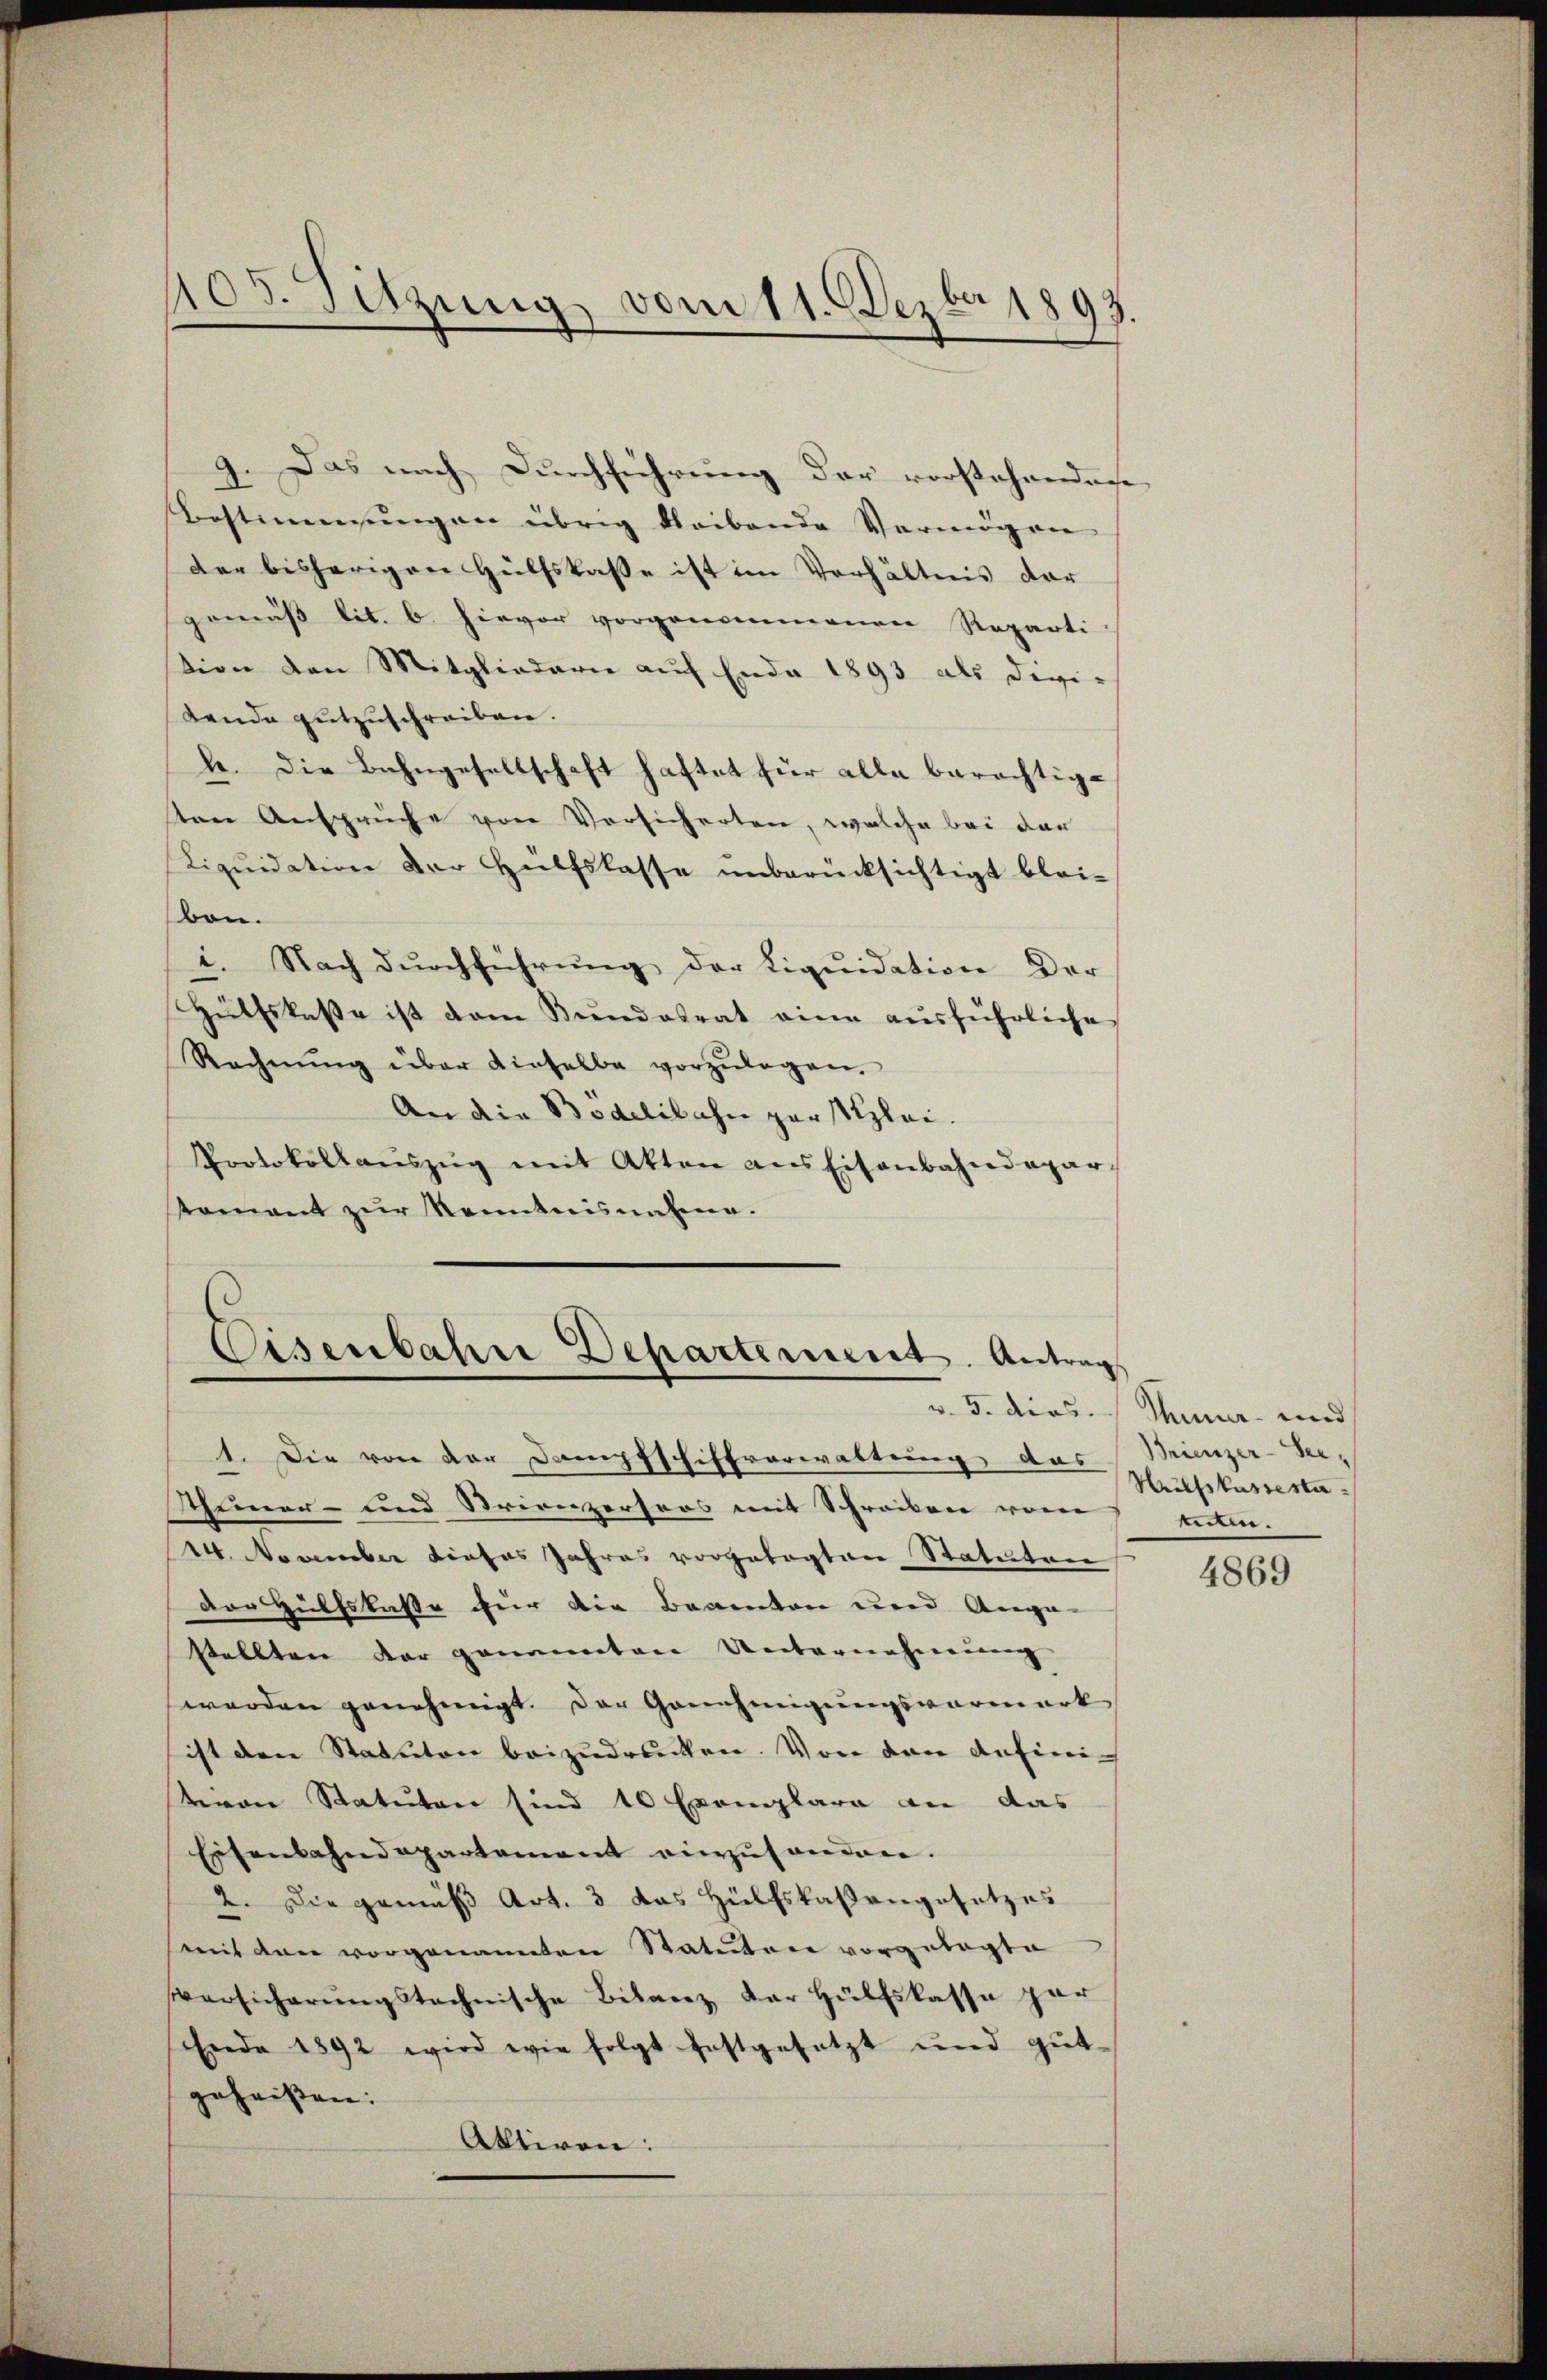
9. Das nach Durchführung der vorstehendenhe
Bestimmungen übrig bleibende Vermögen
der bisherigen Hülfskasse ist im Verhältnis dar
gemäß lit. b hievor vorgenommenen Reparti
stion den Mitgliedern auf Ende 1893 als Divi-
Lende gutzuschreiben.
le. Die Bahngesellschaft haftet für alle berechtigsten Ansprüche von Vorsicherten, welche bei der
Liquidation der Hülfslasse unberücksichtigt blei-
von.
i. Nach durchführung der Liquidation der
Hülfskasse ist vom Bundesrat eine ausführliche
Rechnŭng über dieselbe vorzŭlegen.
An die Bodelibahn zerstlzlei.
Protokollaŭszŭg mit Akten ans Eisenbahndepar
tament zur Kenntnisnahme.

105. Sitzung vom 11. Dezbr 1893.

Eisenbahre Departement. Antrags
v. 5. dies

1. Die von der Dampfschiffrarwaltung das
Scheiner- und Trionzersoos mit Schreiben vom
W. November dieses Jahres vorgetragten Statuten
der Hülfskasse für die Beamten und Ange-
stellten der genannten Unternehmung
werden genehmigt. Der Genehmigungsvormark
ist den Statuten beizudrucken. Von den definiivon Statuten sind 10 Exemplare an das
Eisenbahndepartement einzuhanden.
2. Die gemäß Art. 3 das Hülfskaßangesetzes
mit den vorgenannten Statuten vorgelegte
Versicherŭngstechnische Bilanz der Hülfslasse par
Ende 1892 wird wie folgt festgesetzt und gŭt-
geheißen:
Aktiven.

Thuner- und
Brienzer-See¬
Hülfskassestatten. |

4869